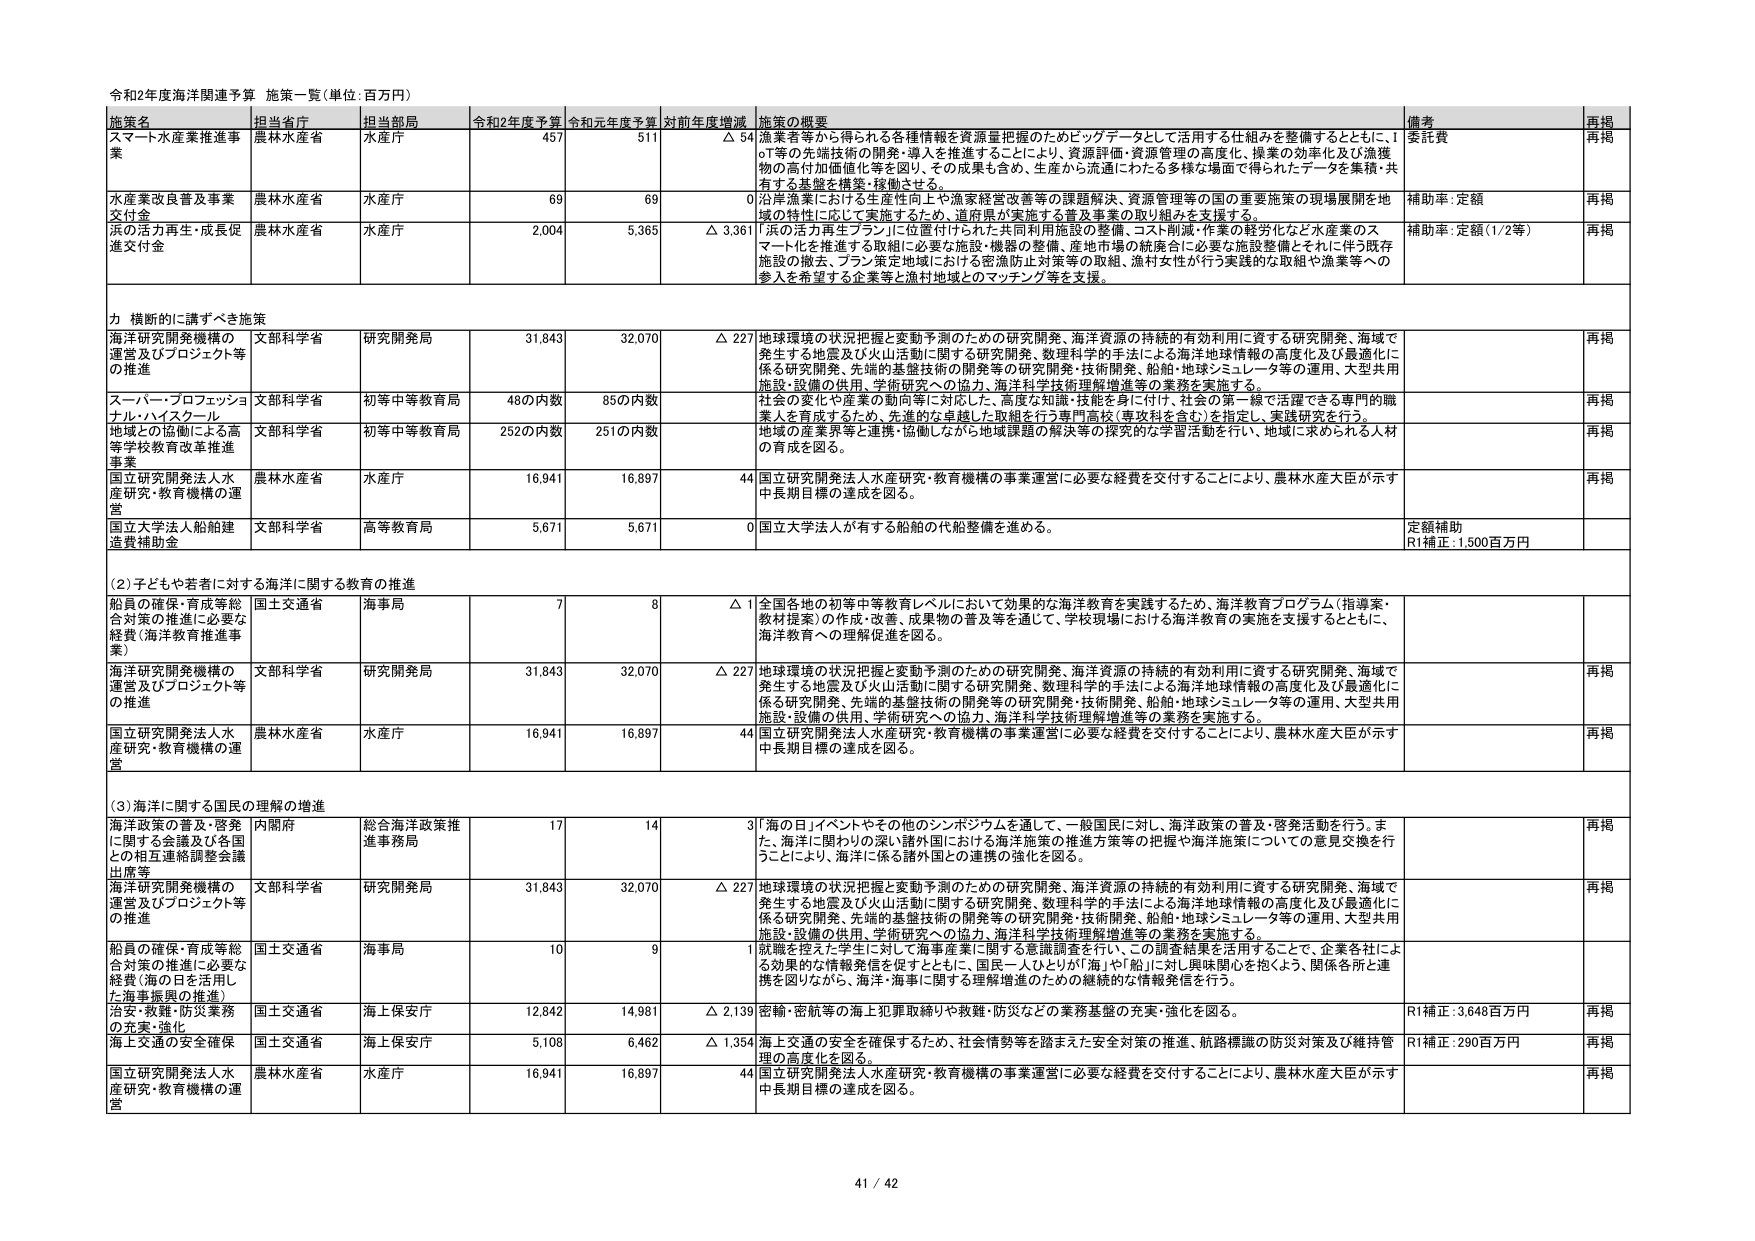
令和2年度海洋関連予算 施策一覧（単位：百万円）

施策名 担当省庁 担当部局 令和2年度予算 令和元年度予算 対前年度増減 施策の概要 備考 再掲
スマート水産業推進事業 農林水産省 水産庁 457 511 △ 54 漁業者等から得られる各種情報を資源量把握のためビッグデータとして活用する仕組みを整備するとともに、ＩｏＴ等の先端技術の開発・導入を推進することにより、資源評価・資源管理の高度化、操業の効率化及び漁獲物の高付加価値化等を図り、その成果も含め、生産から流通にわたる多様な場面で得られたデータを集積・共有する基盤を構築・稼働させる。 委託費 再掲
水産業改良普及事業交付金 農林水産省 水産庁 69 69 0 沿岸漁業における生産性向上や漁家経営改善等の課題解決、資源管理等の国の重要施策の現場展開を地域の特性に応じて実施するため、道府県が実施する普及事業の取り組みを支援する。 補助率・定額 再掲
浜の活力再生・成長促進交付金 農林水産省 水産庁 2,004 5,365 △ 3,361 「浜の活力再生プラン」に位置付けられた共用利用施設の整備、コスト削減・作業の軽労化など水産業のスマート化を推進する取組に必要な施設・機器の整備、産地市場の統廃合に必要な施設整備とそれに伴う既存施設の撤去、プラン策定地域における密漁防止対策等の取組、漁村女性が行う実践的な取組や漁業等への参入を希望する企業等と漁村地域とのマッチング等を支援。 補助率・定額（1/2等） 再掲

力 横断的に講ずべき施策
海洋研究開発機構の運営及びプロジェクト等の推進 文部科学省 研究開発局 31,843 32,070 △ 227 地球環境の状況把握と変動予測のための研究開発、海洋資源の持続的有効利用に資する研究開発、海域で発生する地震及び火山活動に関する研究開発、数理科学的手法による海洋地球情報の高度化及び最適化に係る研究開発、先端的基盤技術の開発等の研究開発・技術開発、船舶・地球シミュレータ等の運用、大型共用施設・設備の供用、学術研究への協力、海洋科学技術理解増進等の業務を実施する。 再掲
スーパープロフェッショナル・ハイスクール 文部科学省 初等中等教育局 48の内数 85の内数 社会の変化や産業の動向等に対応した、高度な知識・技能を身に付け、社会の第一線で活躍できる専門的職業人を育成するため、先進的な卓越した取組を行う専門高校（専攻科を含む）を指定し、実践研究を行う。 再掲
地域との協働による高等学校教育改革推進事業 文部科学省 初等中等教育局 252の内数 251の内数 地域の産業界等と連携・協働しながら地球課題の解決等の探究的な学習活動を行い、地域に求められる人材の育成を図る。 再掲
国立研究開発法人水産研究・教育機構の運営 農林水産省 水産庁 16,941 16,897 44 国立研究開発法人水産研究・教育機構の事業運営に必要な経費を交付することにより、農林水産大臣が示す中長期目標の達成を図る。 再掲
国立大学法人船舶建造費補助金 文部科学省 高等教育局 5,671 5,671 0 国立大学法人が有する船舶の代船整備を進める。 定額補助 R1補正：1,500百万円

（2）子どもや若者に対する海洋に関する教育の推進
船員の確保・育成等総合対策の推進に必要な経費（海洋教育推進事業） 国土交通省 海事局 7 8 △ 1 全国各地の初等中等教育レベルにおいて効果的な海洋教育を実践するため、海洋教育プログラム（指導案・教材提案）の作成・改善、成果物の普及等を通じて、学校現場における海洋教育の実施を支援するとともに、海洋教育への理解促進を図る。
海洋研究開発機構の運営及びプロジェクト等の推進 文部科学省 研究開発局 31,843 32,070 △ 227 地球環境の状況把握と変動予測のための研究開発、海洋資源の持続的有効利用に資する研究開発、海域で発生する地震及び火山活動に関する研究開発、数理科学的手法による海洋地球情報の高度化及び最適化に係る研究開発、先端的基盤技術の開発等の研究開発・技術開発、船舶・地球シミュレータ等の運用、大型共用施設・設備の供用、学術研究への協力、海洋科学技術理解増進等の業務を実施する。 再掲
国立研究開発法人水産研究・教育機構の運営 農林水産省 水産庁 16,941 16,897 44 国立研究開発法人水産研究・教育機構の事業運営に必要な経費を交付することにより、農林水産大臣が示す中長期目標の達成を図る。 再掲

（3）海洋に関する国民の理解の増進
海洋政策の普及・啓発に関する会議及び各国との相互連絡調整会議出席等 内閣府 総合海洋政策推進事務局 17 14 3 「海の日」イベントやその他のシンポジウムを通して、一般国民に対し、海洋政策の普及・啓発活動を行う。また、海洋に関わりの深い諸外国における海洋施策の推進方策等の把握や海洋施策についての意見交換を行うことにより、海洋に係る諸外国との連携の強化を図る。 再掲
海洋研究開発機構の運営及びプロジェクト等の推進 文部科学省 研究開発局 31,843 32,070 △ 227 地球環境の状況把握と変動予測のための研究開発、海洋資源の持続的有効利用に資する研究開発、海域で発生する地震及び火山活動に関する研究開発、数理科学的手法による海洋地球情報の高度化及び最適化に係る研究開発、先端的基盤技術の開発等の研究開発・技術開発、船舶・地球シミュレータ等の運用、大型共用施設・設備の供用、学術研究への協力、海洋科学技術理解増進等の業務を実施する。 再掲
船員の確保・育成等総合対策の推進に必要な経費（海の日を活用した海事振興の推進） 国土交通省 海事局 10 9 1 就職を控えた学生に対して海事産業に関する意識調査を行い、この調査結果を活用することで、企業各社による効果的な情報発信を促すとともに、国民一人ひとりが「海」や「船」に対し興味関心を抱くよう、関係各所に連携を図りながら、海洋・海事に関する理解増進のための継続的な情報発信を行う。
治安・救難・防災業務の充実・強化 国土交通省 海上保安庁 12,842 14,981 △ 2,139 密輸・密航等の海上犯罪取締りや救難・防災などの業務基盤の充実・強化を図る。 R1補正：3,648百万円 再掲
海上交通の安全確保 国土交通省 海上保安庁 5,108 6,462 △ 1,354 海上交通の安全を確保するため、社会情勢等を踏まえた安全対策の推進、航路標識の防災対策及び維持管理の高度化を図る。 R1補正：290百万円 再掲
国立研究開発法人水産研究・教育機構の運営 農林水産省 水産庁 16,941 16,897 44 国立研究開発法人水産研究・教育機構の事業運営に必要な経費を交付することにより、農林水産大臣が示す中長期目標の達成を図る。 再掲

41 / 42